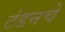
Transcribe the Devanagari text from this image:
टंडनचे